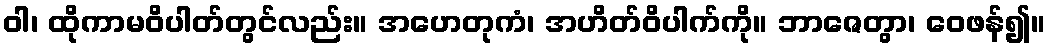
ဝါ၊ ထိုကာမဝိပါတ်တွင်လည်း။ အဟေတုကံ၊ အဟိတ်ဝိပါက်ကို။ ဘာဇေတွာ၊ ဝေဖန်၍။